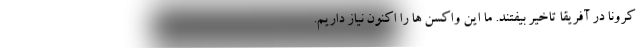
کرونا در آفریقا تاخیر بیفتند. ما این واکسن ها را اکنون نیاز داریم.